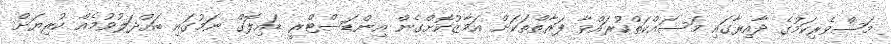
މަސްވެރިކަމުގެ ދާއިރާގައި މަސައްކަތްކުރައްވާ ފަރާތްތަކަށް އަމާޒުކޮށްގެން އިންޑަސްޓްރީ ޑައިލޮގް ނަމުގައި ބައްދަލުވުމެއް ކުރިޔަށް